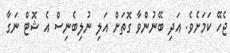
ޖެހޭ ކަމަށެވެ. އަދި ބޭނުންވާ ގޮތަށް އަލި ނުލިބެނިސް އެ ޝޮޓް ނަގާ